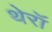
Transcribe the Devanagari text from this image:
थेरॉ